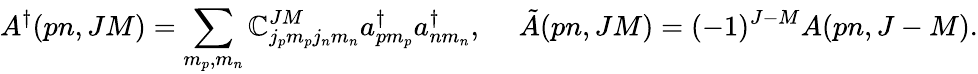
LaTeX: A^{\dagger}(pn,JM)=\sum_{m_{p},m_{n}}^{}\mathbb{C}_{j_{p}m_{p}j_{n}m_{n}}^{JM}a_{pm_{p}}^{\dagger}a_{nm_{n}}^{\dagger},~~~~~\tilde{{A}}(pn,JM)=(-1)^{J-M}{A}(pn,J-M).